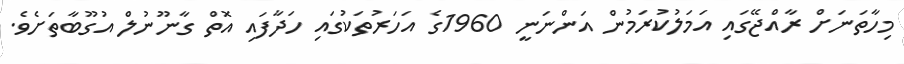
މިހާތަނަށް ރާއްޖޭގައި އަމަލުކުރަމުން އަންނަނީ 1960ގެ އަހަރުތަކުގައި ހަދާފައި އޮތް ގާނޫނުލް އުގޫބާތަށެވެ.